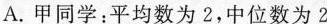
A.甲同学：平均数为2，中位数为2